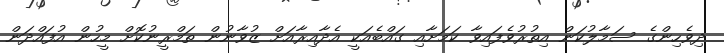
ދިވެހިންގެ ސަމާލުކަން އިތުރުވެފައިވާ ކަމަށާއި ގައްބެއަކީ އެދާއިރާއަށް ޒުވާނުން ތަމްރީނުކޮށް މީހުން އުފައްދަން